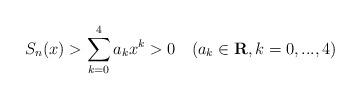
LaTeX: \begin{align*}S_n(x)>\sum_{k=0}^4 a_k x^k>0\quad{(a_k\in\mathbf{R}, k=0,...,4)}\end{align*}